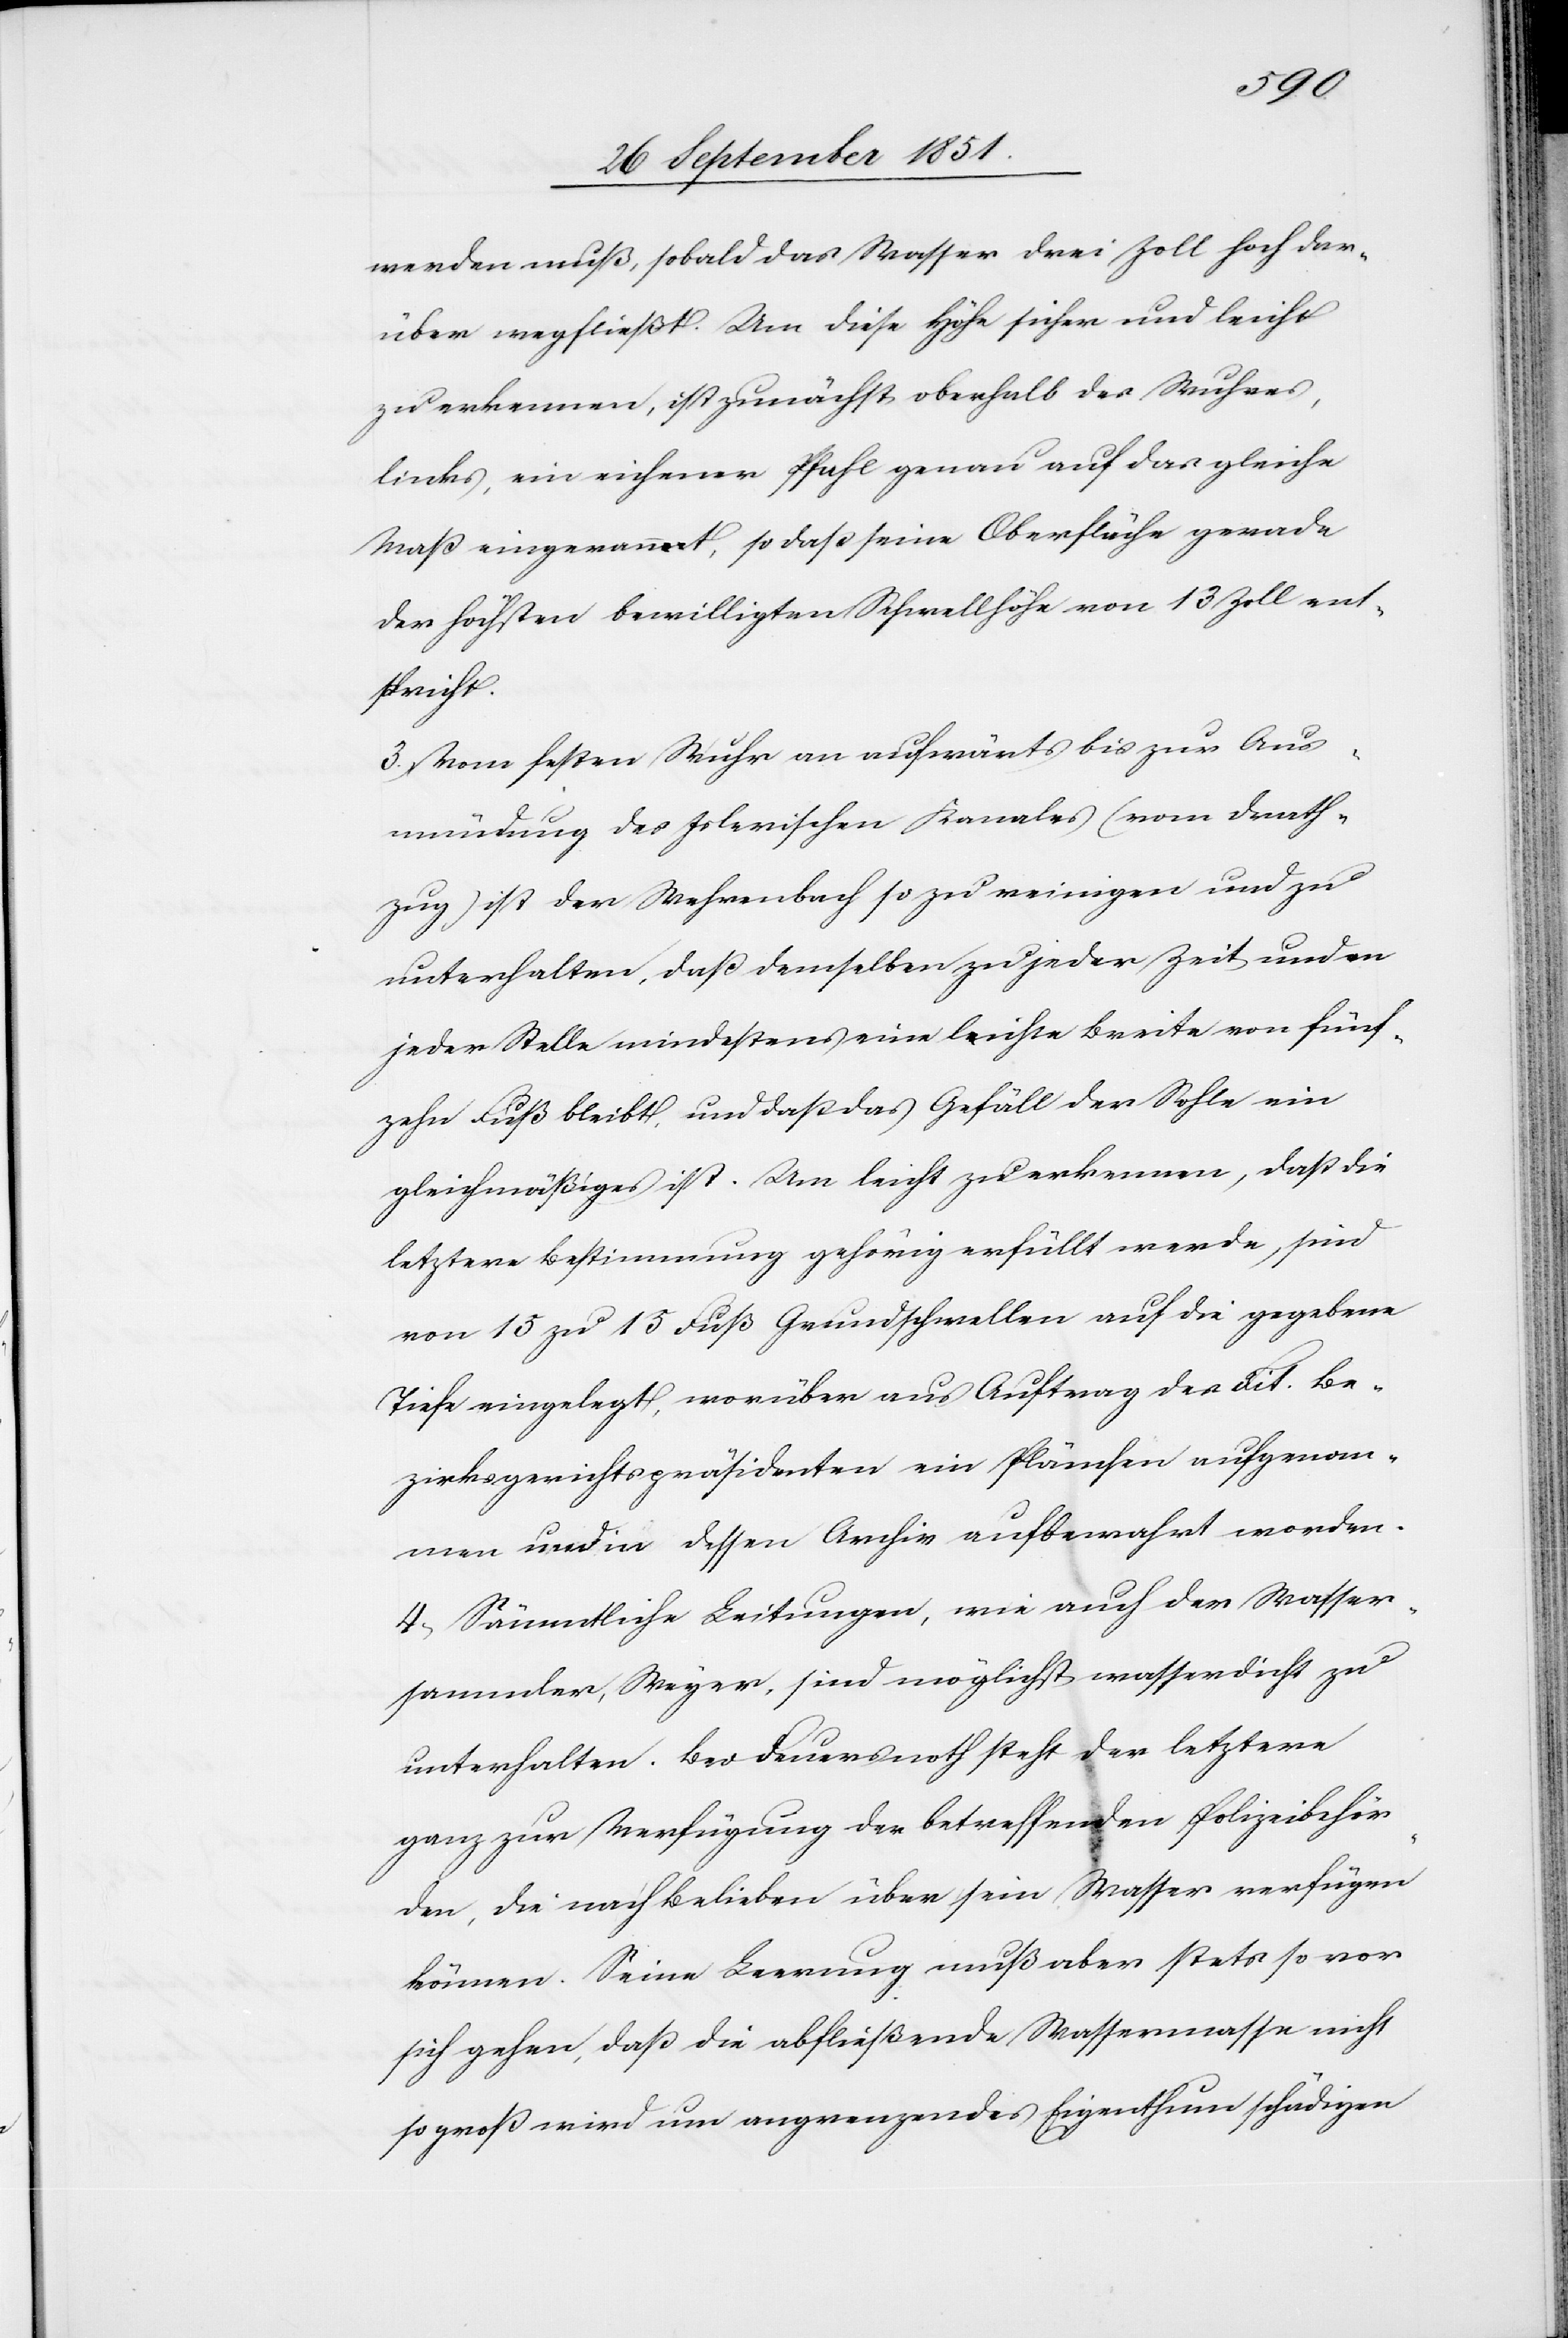
werden muß, sobald das Wasser drei Zoll hoch dar¬
über wegfließt. Um diese Höhe sicher und leicht
zu erkennen, ist zunächst oberhalb des Wuhres,
links, ein eichener Pfahl genau auf das gleiche
Maß eingerammt, so daß seine Oberfläche gerade
der höchsten bewilligten Schwellhöhe von 13 Zoll ent¬
spricht.
Vom festen Wuhr an aufwärts bis zur Aus¬
mündung des Islerischen Kanales (vom Drath¬
zug) ist der Wehrenbach so zu reinigen und zu
unterhalten, daß demselben zu jeder Zeit und an
jeder Stelle mindestens eine leichte Breite von fünf¬
zehn Fuß bleibt, und daß das Gefäll der Sohle ein
gleichmäßiges ist. Um leicht zu erkennen, daß die
letztere Bestimmung gehörig erfüllt werde, sind
von 15 zu 15 Fuß Grundschwellen auf die gegebene
Tiefe eingelegt, worüber aus Auftrag des Tit. Be¬
zirksgerichtspräsidenten ein Plänchen aufgenom¬
men und in dessen Archiv aufbewahrt worden.
Sämmtliche Leitungen, wie auch der Wasser¬
sammler, Weyer, sind möglichst wasserdicht zu
unterhalten. Bei Feuersnoth steht der letztere
ganz zur Verfügung der betreffenden Polizeibehör¬
den, die nach Belieben über sein Wasser verfügen
können. Seine Leerung muß aber stets so vor
sich gehen, daß die abfließende Wassermasse nicht
so groß wird um angrenzendes Eigenthum schädigen